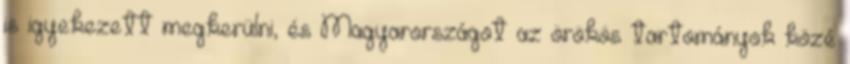
is igyekezett megkerülni, és Magyarországot az örökös tartományok közé